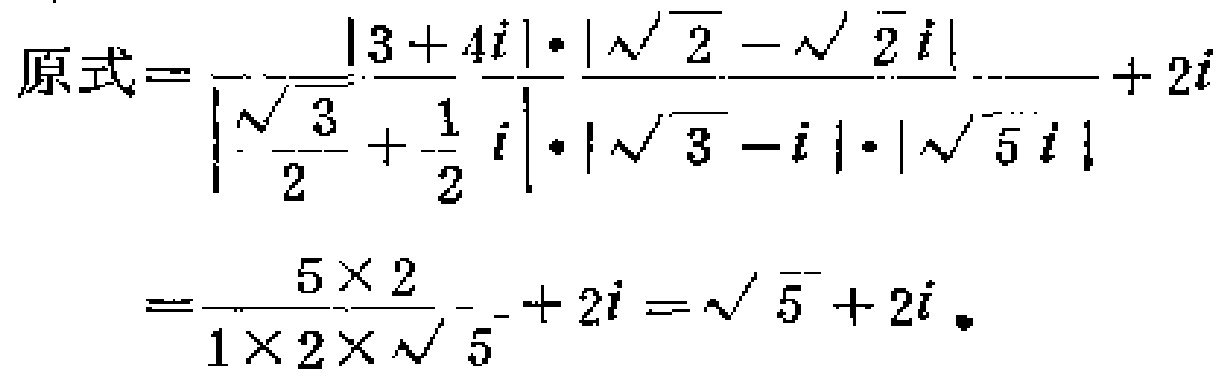
\[
\begin{align*}
原式&=\frac{|3 + 4i|\cdot|\sqrt{2}-\sqrt{2}i|}{\left|\frac{\sqrt{3}}{2}+\frac{1}{2}i\right|\cdot|\sqrt{3}-i|\cdot|\sqrt{5}i|}+2i\\
&=\frac{5\times 2}{1\times 2\times\sqrt{5}}+2i=\sqrt{5}+2i。
\end{align*}
\]